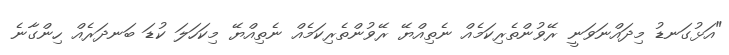
"އަޅުގަނޑު މިދައްނަވަނީ ރޭވުންތެރިކަމެއް ނެތިއްޔޭ ރޭވުންތެރިކަމެއް ނެތިއްޔޭ މިކަހަލަ ކުޑަ ބަނދަރެއް ހިންގާނެ